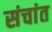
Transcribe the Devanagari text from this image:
संचांत